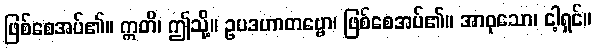
ဖြစ်စေအပ်၏။ ဣတိ၊ ဤသို့။ ဥပဒဟာတဗ္ဗော၊ ဖြစ်စေအပ်၏။ အာဝုသော၊ ငါ့ရှင်။